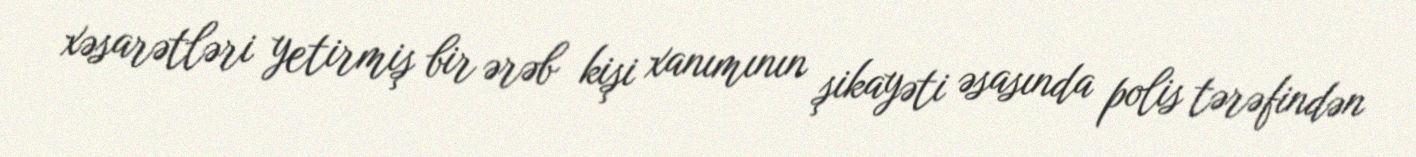
xəsarətləri yetirmiş bir ərəb kişi xanımının şikayəti əsasında polis tərəfindən